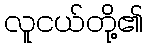
လူငယ်တို့၏